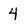
Character: 4